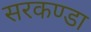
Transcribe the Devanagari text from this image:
सरकण्डा